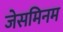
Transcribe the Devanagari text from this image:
जेसमिनम